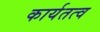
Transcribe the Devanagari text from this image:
कार्यतत्व